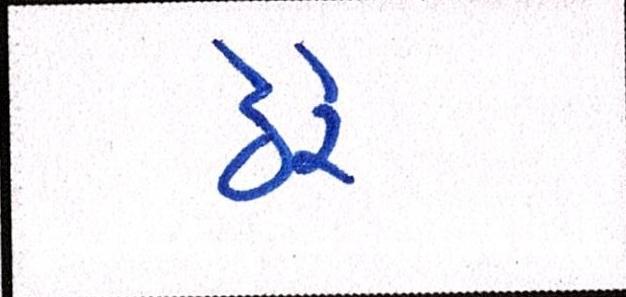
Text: ઠેરે